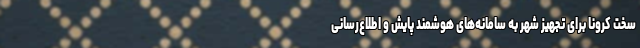
سخت کرونا برای تجهیز شهر به سامانه‌های هوشمند پایش و اطلاع‌رسانی